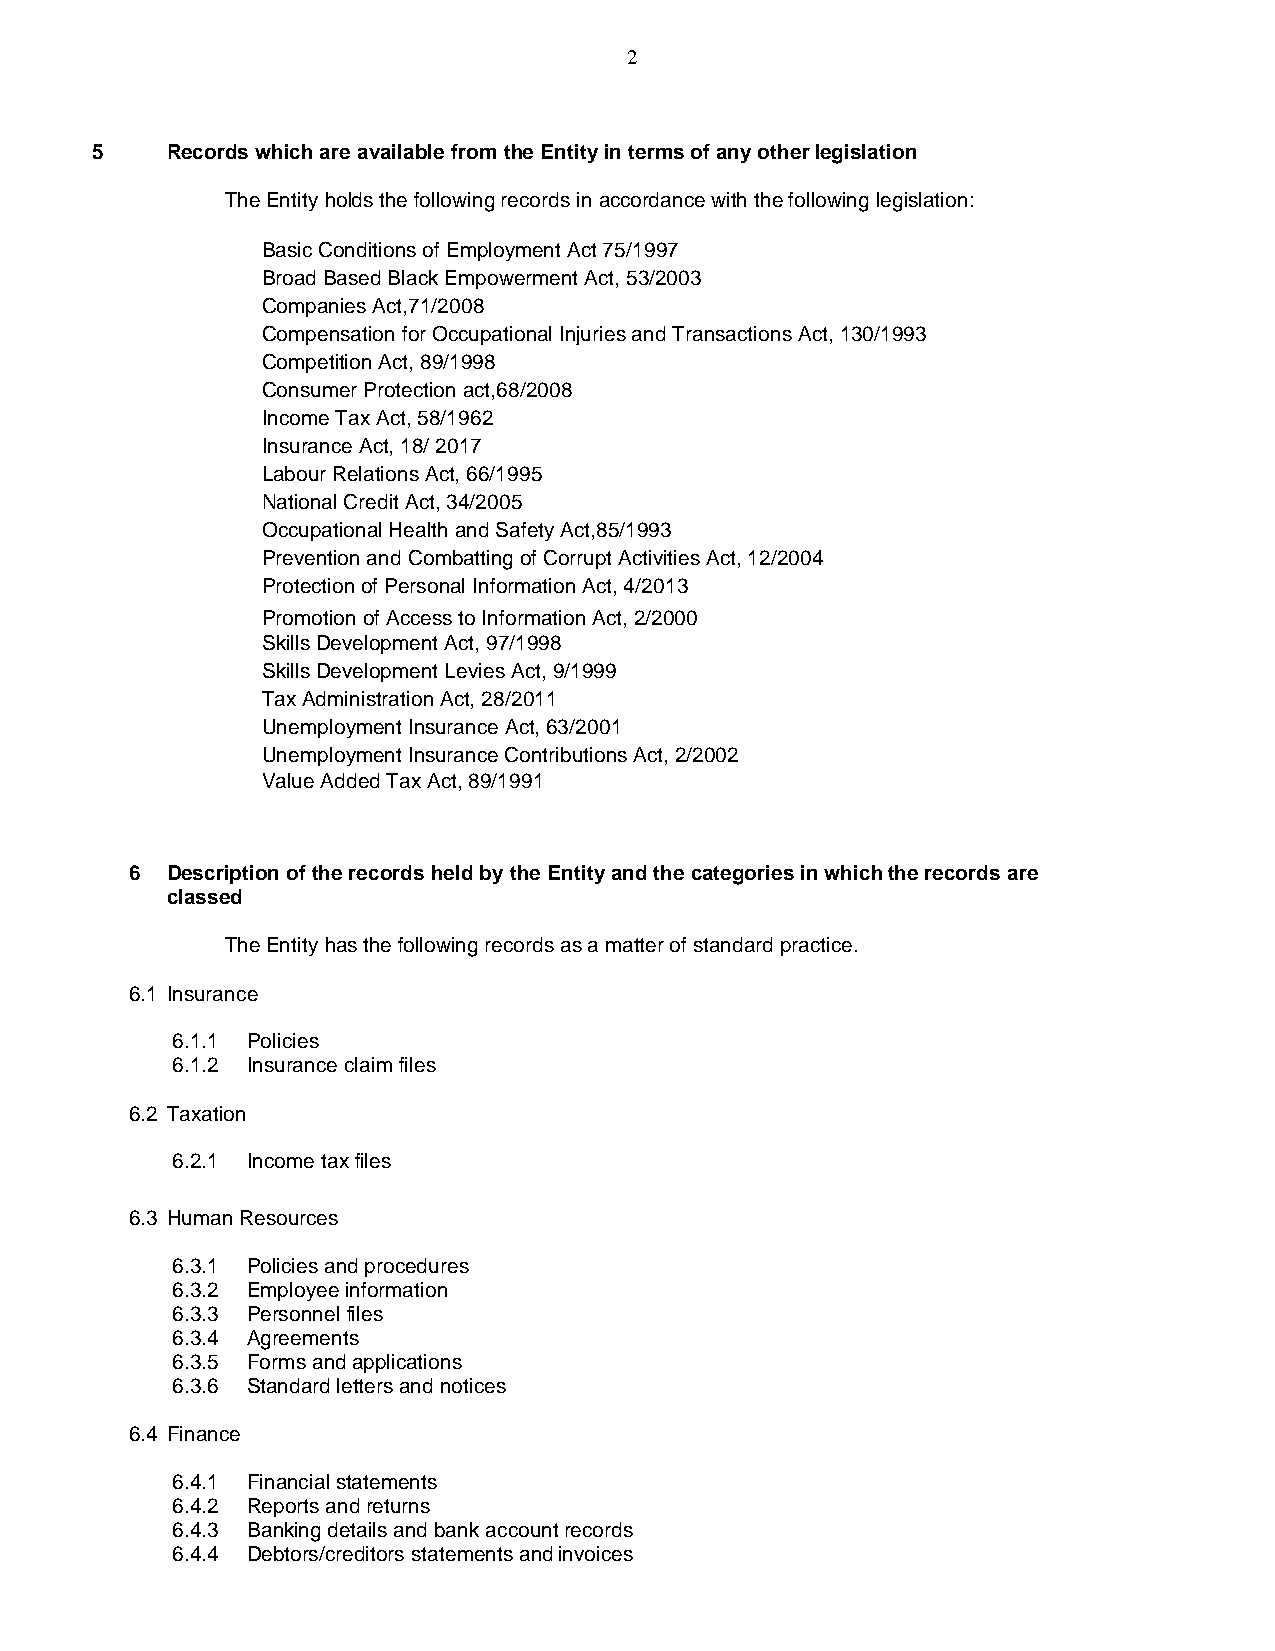
2
 5    Records which are available from the Entity in terms of any other legislation
 The Entity holds the following records in accordance with the following legislation:
 Basic Conditions of Employment Act 75/1997
 Broad Based Black Empowerment Act, 53/2003
 Companies Act,71/2008
 Compensation for Occupational Injuries and Transactions Act, 130/1993
 Competition Act, 89/1998
 Consumer Protection act,68/2008
 Income Tax Act, 58/1962
 Insurance Act, 18/ 2017
 Labour Relations Act, 66/1995
 National Credit Act, 34/2005
 Occupational Health and Safety Act,85/1993
 Prevention and Combatting of Corrupt Activities Act, 12/2004
 Protection of Personal Information Act, 4/2013
 Promotion of Access to Information Act, 2/2000
 Skills Development Act, 97/1998
 Skills Development Levies Act, 9/1999
 Tax Administration Act, 28/2011
 Unemployment Insurance Act, 63/2001
 Unemployment Insurance Contributions Act, 2/2002
 Value Added Tax Act, 89/1991
 6 Description of the records held by the Entity and the categories in which the records are
 classed
 The Entity has the following records as a matter of standard practice.
 6.1 Insurance
 6.1.1 Policies
 6.1.2 Insurance claim files
 6.2 Taxation
 6.2.1 Income tax files
 6.3 Human Resources
 6.3.1 Policies and procedures
 6.3.2 Employee information
 6.3.3 Personnel files
 6.3.4 Agreements
 6.3.5 Forms and applications
 6.3.6 Standard letters and notices
 6.4 Finance
 6.4.1 Financial statements
 6.4.2 Reports and returns
 6.4.3 Banking details and bank account records
 6.4.4 Debtors/creditors statements and invoices